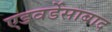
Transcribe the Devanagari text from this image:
एडवर्डेसाबाद